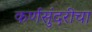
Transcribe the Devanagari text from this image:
कर्णसुंदरीचा